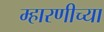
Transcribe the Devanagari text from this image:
म्हारणीच्या